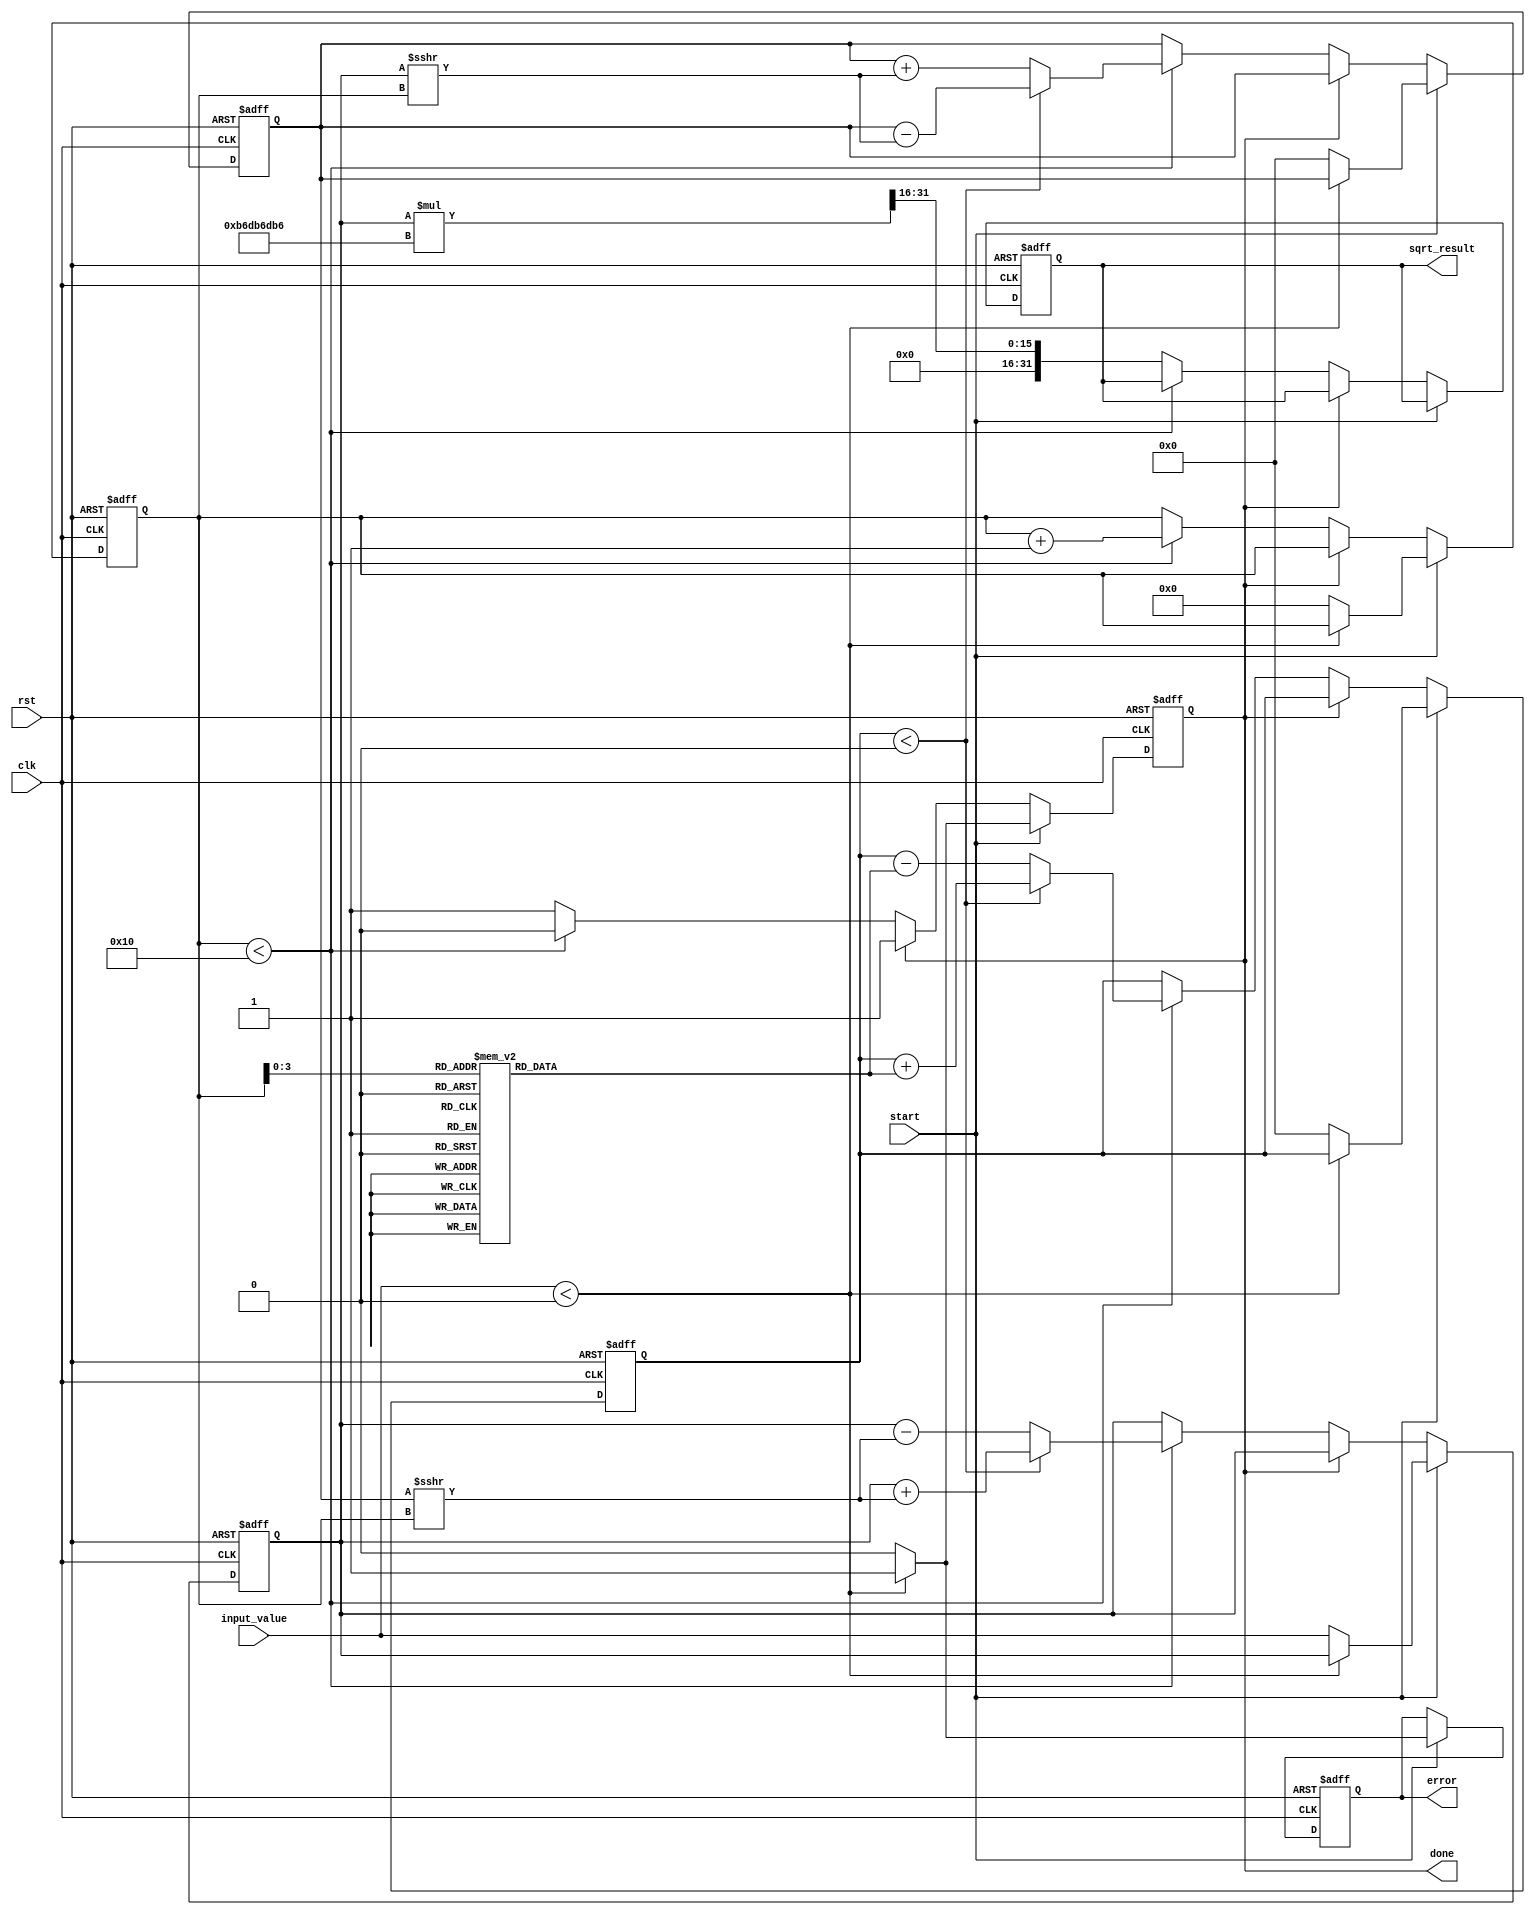
module cordic_sqrt (
    input wire clk,
    input wire rst,
    input wire start,
    input wire [31:0] input_value, // 32-bit input value for square root
    output reg [31:0] sqrt_result, // 32-bit square root result
    output reg done, // Indicates completion of computation
    output reg error // Indicates error (e.g., negative input)
);

    // CORDIC Parameters
    parameter NUM_ITERATIONS = 16; // Number of iterations for CORDIC
    parameter K = 32'hB6DB6DB6; // CORDIC gain (approximation of 1/K)
    
    // Internal registers
    reg [31:0] x, y, z; // x, y for rotation and z for angle
    reg [4:0] iteration; // Iteration counter

    // Angle table for CORDIC
    reg [31:0] atan_table [0:NUM_ITERATIONS-1];
    initial begin
        atan_table[0] = 32'h20000000; // atan(1) = 0.785398 (in Q31 format)
        atan_table[1] = 32'h1A000000; // atan(0.5) = 0.463648 (in Q31 format)
        atan_table[2] = 32'h0D000000; // atan(0.25) = 0.244978 (in Q31 format)
        // Fill in the rest of the atan_table values...
    end
    
    // State machine for processing
    always @(posedge clk or posedge rst) begin
        if (rst) begin
            sqrt_result <= 0;
            done <= 0;
            error <= 0;
            iteration <= 0;
            x <= 0;
            y <= 0;
            z <= 0;
        end else if (start) begin
            if (input_value < 0) begin
                error <= 1; // Negative input error
                done <= 1;
            end else begin
                // Initialization
                x <= input_value;
                y <= 0;
                z <= 0; // Starting angle is 0
                iteration <= 0;
                done <= 0;
                error <= 0;
            end
        end else if (!done) begin
            // CORDIC iterations
            if (iteration < NUM_ITERATIONS) begin
                if (z < 0) begin
                    // Rotate positively
                    x <= x + (y >>> iteration);
                    y <= y - (x >>> iteration);
                    z <= z + atan_table[iteration];
                end else begin
                    // Rotate negatively
                    x <= x - (y >>> iteration);
                    y <= y + (x >>> iteration);
                    z <= z - atan_table[iteration];
                end
                iteration <= iteration + 1;
            end else begin
                // Final output computation
                sqrt_result <= (x * K) >>> 16; // Adjust for gain compensation
                done <= 1; // Mark computation as done
            end
        end
    end

endmodule